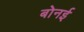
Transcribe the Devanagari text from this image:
बोनई